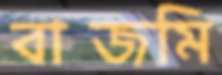
বাজমি